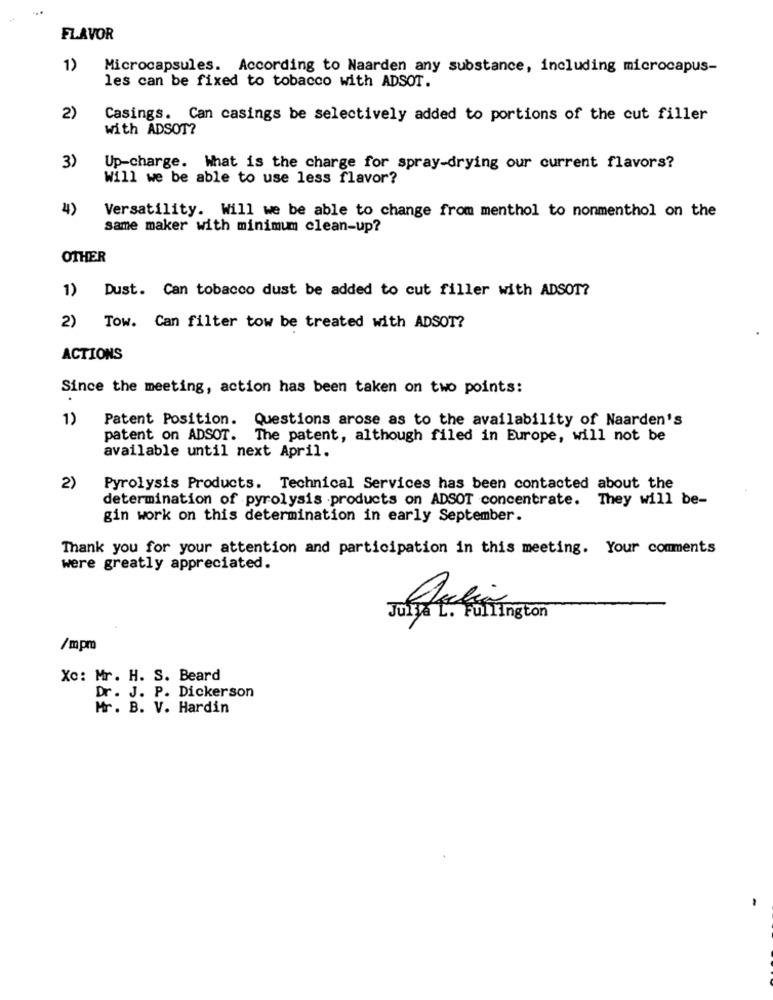
FLAVOR
1)
Microcapsules. According to Naarden any substance, including microcapus-
les can be fixed to tobacco with ADSOT.
2)
Casings. Can casings be selectively added to portions of the cut filler
with ADSOT?
3)
Up-charge. What is the charge for spray-drying our current flavors?
Will we be able to use less flavor?
4)
Versatility. Will we be able to change from menthol to nonmenthol on the
same maker with minimum clean-up?
OTHER
1) Dust. Can tobacco dust be added to cut filler with ADSOT?
2) Tow. Can filter tow be treated with ADSOT?
ACTIONS
Since the meeting, action has been taken on two points:
1)
Patent Position. Questions arose as to the availability of Naarden's
patent on ADSOT. The patent, although filed in Europe, will not be
available until next April.
2)
Pyrolysis Products. Technical Services has been contacted about the
determination of pyrolysis products on ADSOT concentrate. They will be-
gin work on this determination in early September.
Thank you for your attention and participation in this meeting. Your comments
were greatly appreciated.
July. L. Fullington
/mpm
Xc: Mr. H. S. Beard
Dr . J. P. Dickerson
Mr. B. V. Hardin